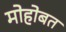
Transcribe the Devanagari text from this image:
मोहोबत